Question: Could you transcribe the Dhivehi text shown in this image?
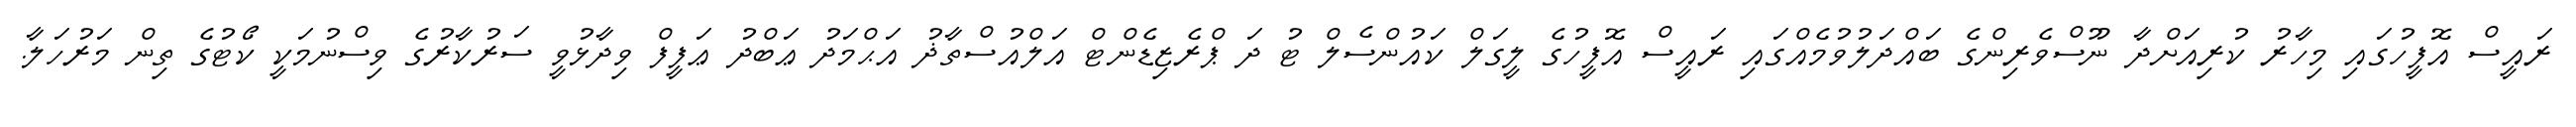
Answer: ރައީސް އޮފީހުގައި މިހާރު ކުރިއަށްދާ ނޫސްވެރިންގެ ބައްދަލުވުމެއްގައި ރައީސް އޮފީހުގެ ލީގަލް ކައުންސެލް ޓު ދަ ޕްރެޒިޑެންޓް އަލްއުސްތާޛު އަޙްމަދު ޢަބްދު ޢަފީފް ވިދާޅުވީ ސަރުކާރުގެ ވިސްނުމަކީ ކޯޓުގެ ތިން މަރުހަލާ.